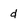
Character: d